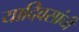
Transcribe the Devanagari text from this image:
यादिवसांची